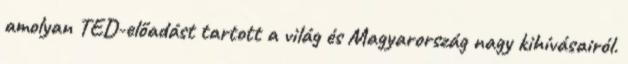
amolyan TED-előadást tartott a világ és Magyarország nagy kihívásairól.